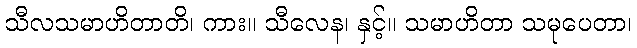
သီလသမာဟိတာတိ၊ ကား။ သီလေန၊ နှင့်။ သမာဟိတာ သမုပေတာ၊